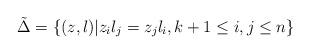
LaTeX: \begin{align*}\tilde{\Delta} = \{ (z,l) | z_i l_j = z_jl_i , k+1 \leq i,j\leq n \}\end{align*}